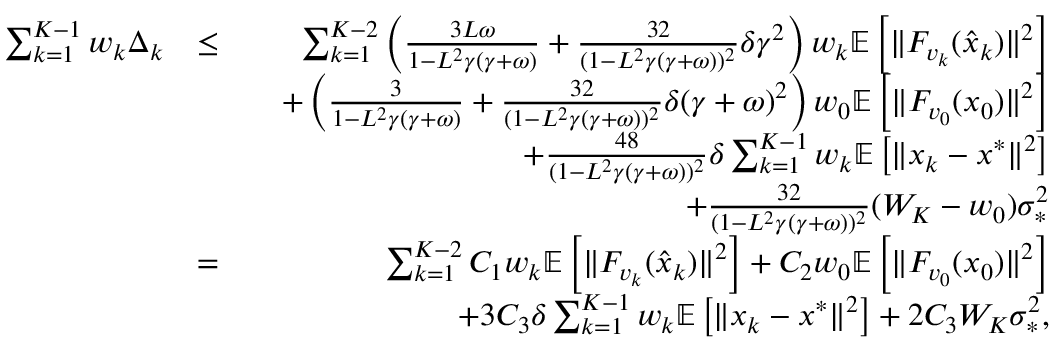
\begin{array} { r l r } { \sum _ { k = 1 } ^ { K - 1 } w _ { k } \Delta _ { k } } & { \leq } & { \sum _ { k = 1 } ^ { K - 2 } \left( \frac { 3 L \omega } { 1 - L ^ { 2 } \gamma ( \gamma + \omega ) } + \frac { 3 2 } { ( 1 - L ^ { 2 } \gamma ( \gamma + \omega ) ) ^ { 2 } } \delta \gamma ^ { 2 } \right) w _ { k } \mathbb { E } \left[ \| F _ { v _ { k } } ( \hat { x } _ { k } ) \| ^ { 2 } \right] } \\ & { } & { \quad + \left( \frac { 3 } { 1 - L ^ { 2 } \gamma ( \gamma + \omega ) } + \frac { 3 2 } { ( 1 - L ^ { 2 } \gamma ( \gamma + \omega ) ) ^ { 2 } } \delta ( \gamma + \omega ) ^ { 2 } \right) w _ { 0 } \mathbb { E } \left[ \| F _ { v _ { 0 } } ( x _ { 0 } ) \| ^ { 2 } \right] } \\ & { } & { \quad + \frac { 4 8 } { ( 1 - L ^ { 2 } \gamma ( \gamma + \omega ) ) ^ { 2 } } \delta \sum _ { k = 1 } ^ { K - 1 } w _ { k } \mathbb { E } \left[ \| x _ { k } - x ^ { * } \| ^ { 2 } \right] } \\ & { } & { \quad + \frac { 3 2 } { ( 1 - L ^ { 2 } \gamma ( \gamma + \omega ) ) ^ { 2 } } ( W _ { K } - w _ { 0 } ) \sigma _ { * } ^ { 2 } } \\ & { = } & { \sum _ { k = 1 } ^ { K - 2 } C _ { 1 } w _ { k } \mathbb { E } \left[ \| F _ { v _ { k } } ( \hat { x } _ { k } ) \| ^ { 2 } \right] + C _ { 2 } w _ { 0 } \mathbb { E } \left[ \| F _ { v _ { 0 } } ( x _ { 0 } ) \| ^ { 2 } \right] } \\ & { } & { \quad + 3 C _ { 3 } \delta \sum _ { k = 1 } ^ { K - 1 } w _ { k } \mathbb { E } \left[ \| x _ { k } - x ^ { * } \| ^ { 2 } \right] + 2 C _ { 3 } W _ { K } \sigma _ { * } ^ { 2 } , } \end{array}